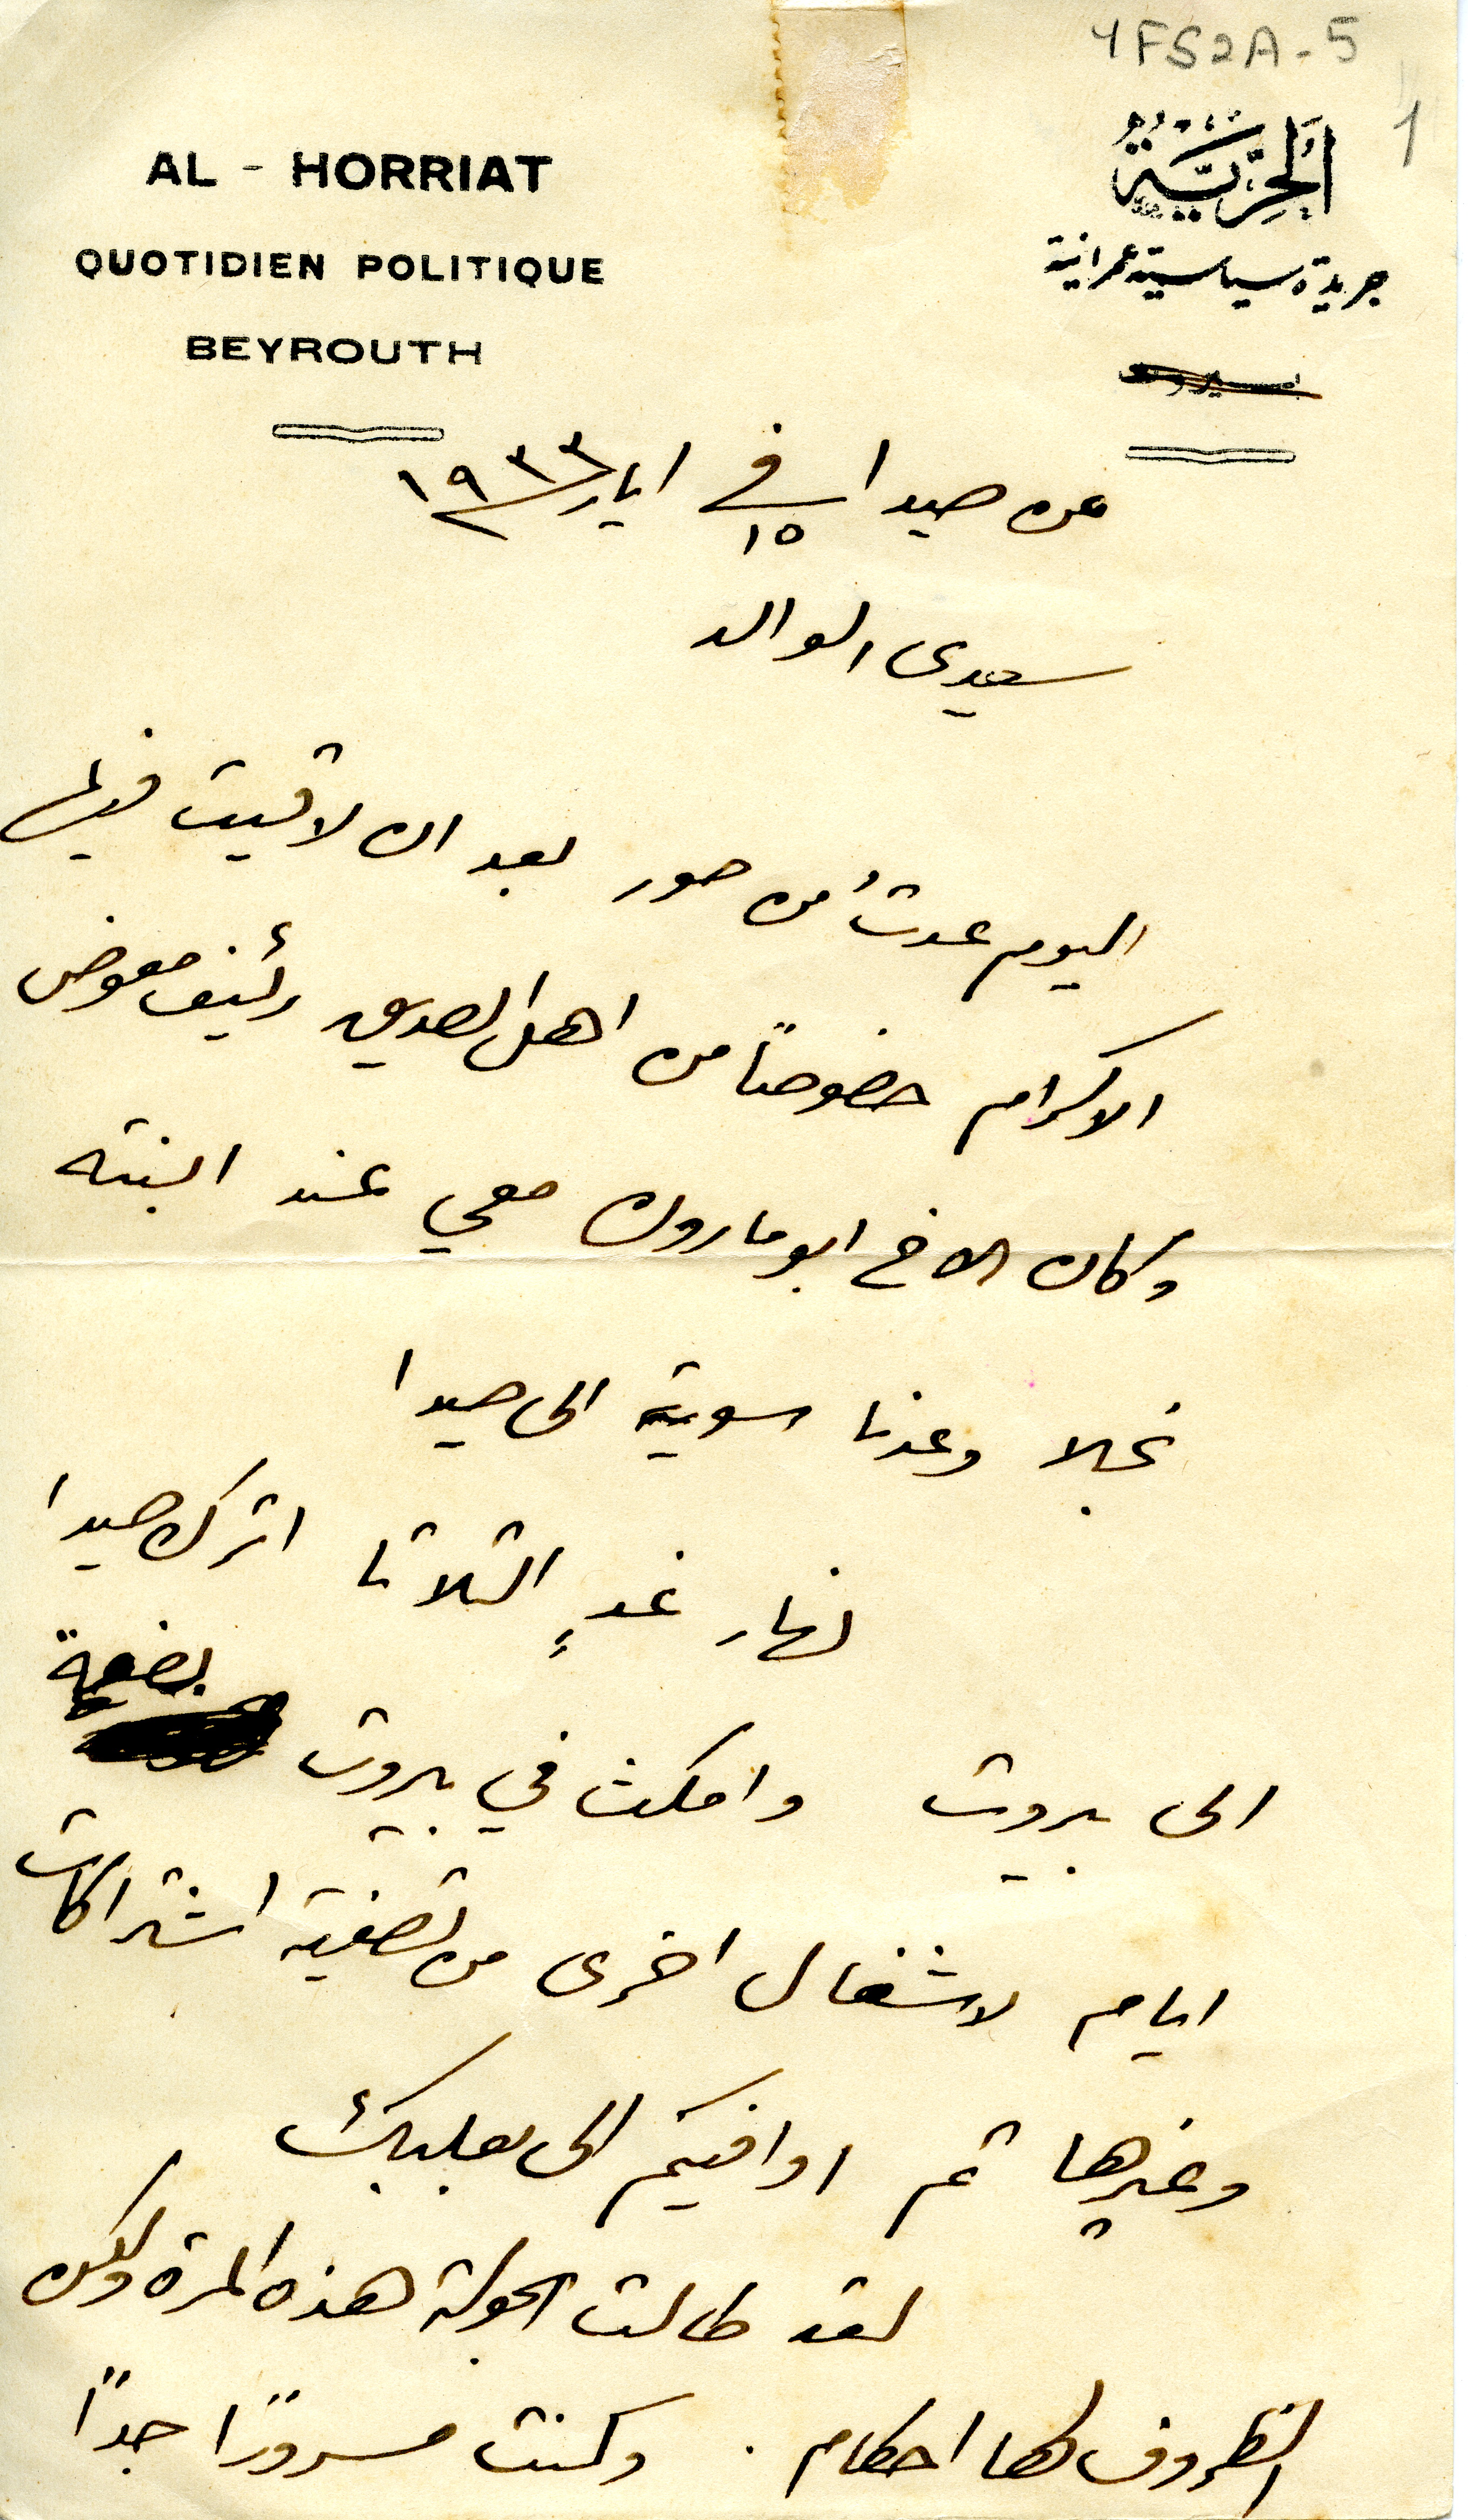
YFS2A-5
اَلحُرِيّةُ
جريدة سياسية عمرانية
AL - HORRIAT
QUOTIDIEN POLITIQUE
BEYROUTH
عن صيدا فى ١٥ ايار /١٩٣٣
سيدى الوالد
اليوم عدتُ من صور بعد ان لاقيت فيها
الاكرام خصوصاً من اهل الصديق رئيف معوض
وكان الاخ ابو مارون معي عند ابنته
نجلا وعدنا سوية الى صيدا
نهار غدٍ التلاتا اترك صيدا
الى بيروت وامكث في بيروت بضعة
ايام لاشغال اخرى من تصفية اشتراكات
وغيرها ثم اوافيكم الى بعلبك
لقد طالت الجولة هذه المرة ولكن
الظروف لها احكام. وكنت مسرورًا جداً